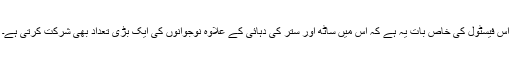
اس فیسٹول کی خاص بات یہ ہے کہ اس میں ساٹھ اور ستر کی دہائی کے علاوہ نوجوانوں کی ایک بڑی تعداد بھی شرکت کرتی ہے۔